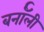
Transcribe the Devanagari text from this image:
बर्नॉली